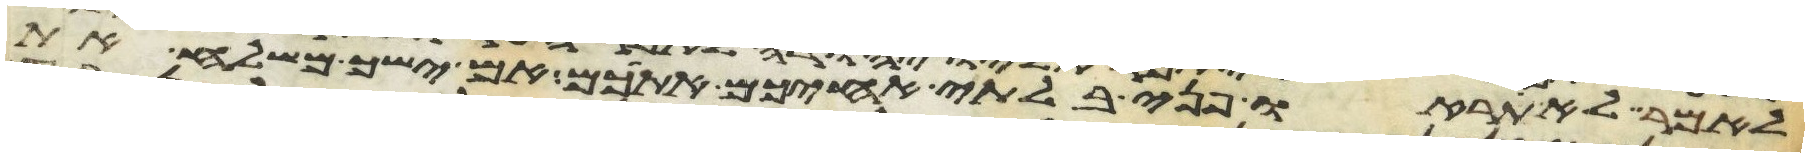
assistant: לאמר לא תראו פני בלתי אחיכם אתכם אם ישך משלח את